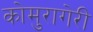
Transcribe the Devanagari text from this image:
कोमुरागेरी